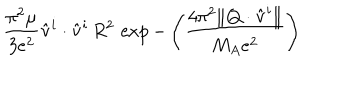
\frac { \pi ^ { 2 } \mu } { 3 e ^ { 2 } } \hat { \bf v } ^ { i } \cdot \hat { \bf v } ^ { i } \, R ^ { 2 } \, \exp - \left( \frac { 4 \pi ^ { 2 } \| { \bf Q } \cdot \hat { \bf v } ^ { i } \| } { M _ { A } e ^ { 2 } } \right)